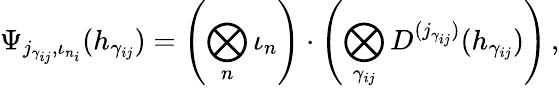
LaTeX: \Psi_{j_{\gamma_{ij}},\iota_{n_{i}}}(h_{\gamma_{ij}})=\left(\bigotimes_{n}\iota_{n}\right)\cdot\left(\bigotimes_{\gamma_{ij}}D^{(j_{\gamma_{ij}})}(h_{\gamma_{ij}})\right)\, ,